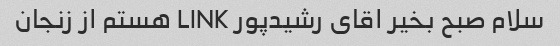
سلام صبح بخیر اقای رشیدپور LINK هستم از زنجان